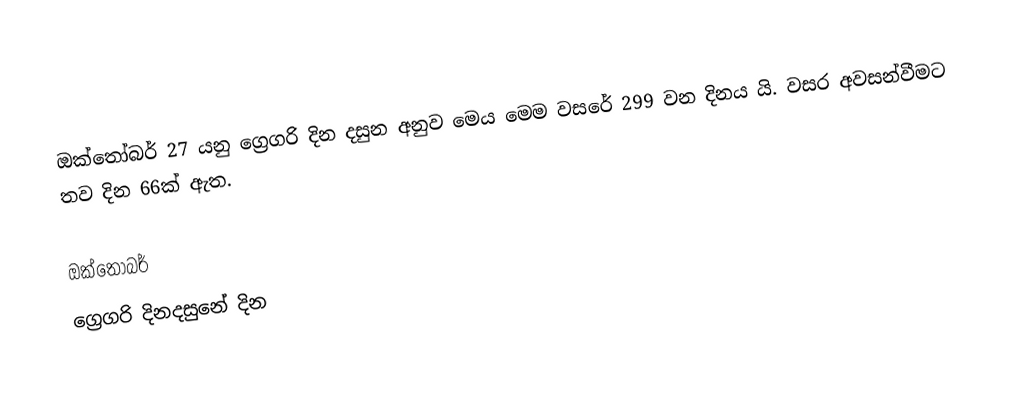
ඔක්තෝබර් 27 යනු ග්‍රෙගරි දින දසුන අනුව මෙය මෙම වසරේ 299 වන දිනය යි. වසර අවසන්වීමට තව දින 66ක් ඇත.

ඔක්තෝබර්
ග්‍රෙගරි දිනදසුනේ දින